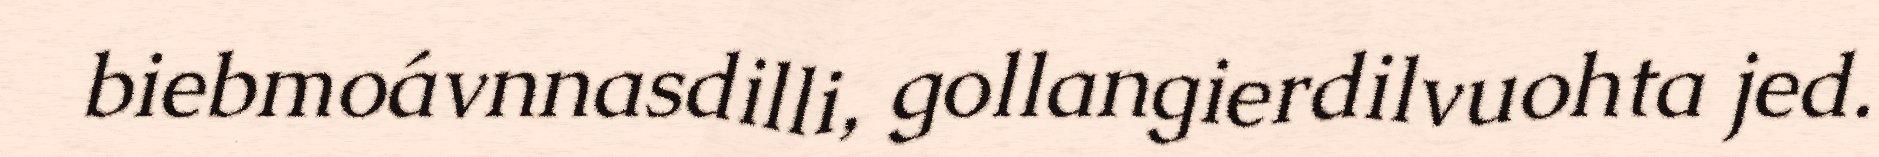
biebmoávnnasdilli, gollangierdilvuohta jed.